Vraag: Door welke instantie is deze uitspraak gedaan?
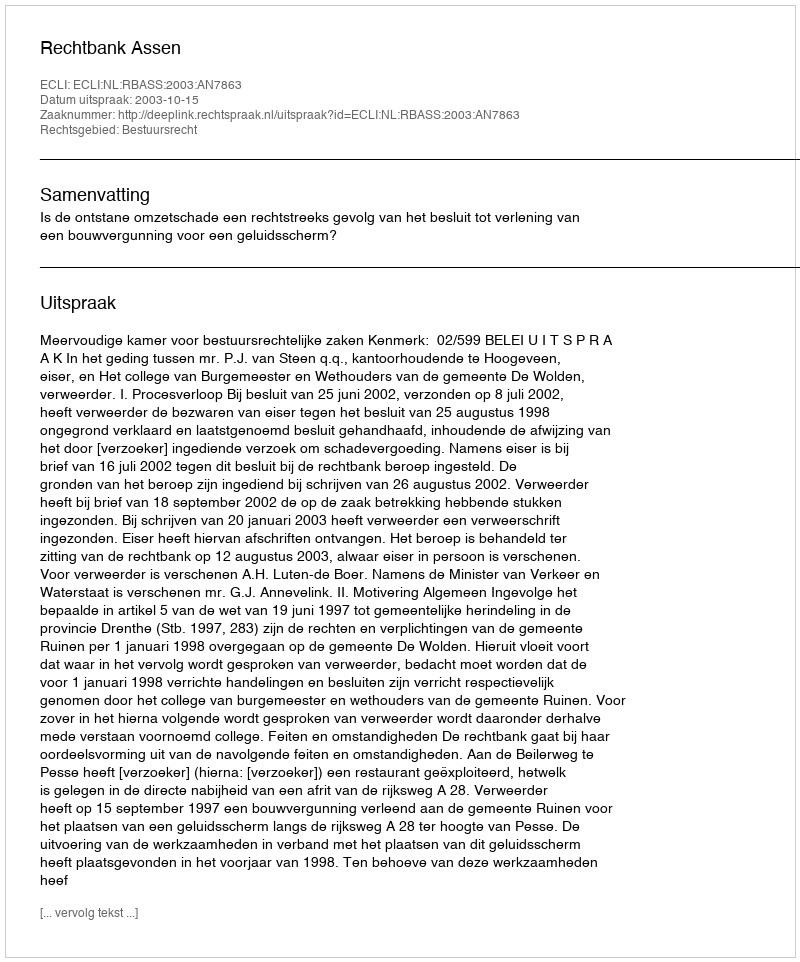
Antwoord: Rechtbank Assen